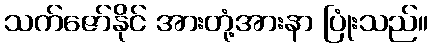
သက်ဇော်နိုင် အားတုံ့အားနာ ပြုံးသည်။